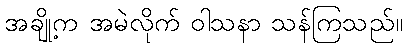
အချို့က အမဲလိုက် ဝါသနာ သန်ကြသည်။